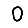
Digit: 0